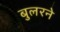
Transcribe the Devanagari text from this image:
बुलरने